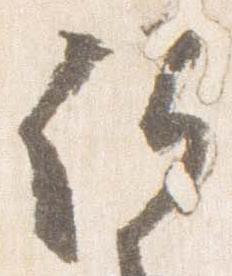
詔